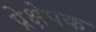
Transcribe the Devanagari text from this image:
प्रेक्षेपक